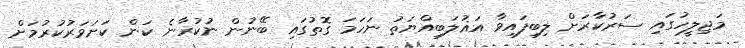
މަޖިލީހުގައި ސަރުކާރަށް ލިބިފައިވާ އަޣުލަބިއްޔަތު ނަހަމަ ގޮތުގައި ބޭނުން ނުކުރާނެ ކަން ކަށަވަރުކުރުމަށް